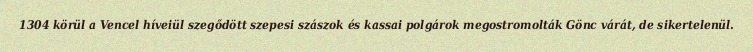
1304 körül a Vencel híveiül szegődött szepesi szászok és kassai polgárok megostromolták Gönc várát, de sikertelenül.